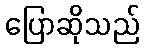
ပြောဆိုသည်